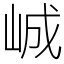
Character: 峸